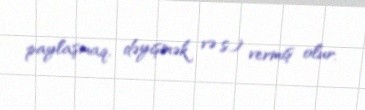
paylaşmaq, dəyişmək və s.) vermiş olur.